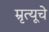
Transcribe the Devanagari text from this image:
म्रृत्यूचे